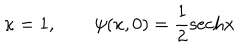
\kappa = 1 , \qquad \psi ( x , 0 ) = { \frac { 1 } { 2 } } \mathrm { s e c h } x